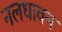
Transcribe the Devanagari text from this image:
नलधावन